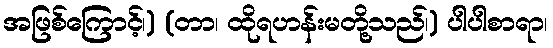
အဖြစ်ကြောင့်၊) (တာ၊ ထိုရဟန်းမတို့သည်၊) ပါပါစာရာ၊